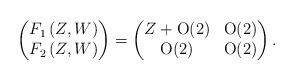
LaTeX: \begin{align*} \begin{pmatrix} F_{1}\left(Z,W\right) \\ F_{2}\left(Z,W\right) \end{pmatrix}=\begin{pmatrix} Z+\mbox{O}(2) & \mbox{O}(2)\\ \mbox{O}(2) & \mbox{O}(2) \end{pmatrix}. \end{align*}